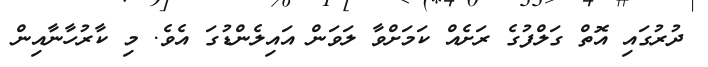
ދުރުގައި އޮތް ގަލްފުގެ ރަށެއް ކަމަށްވާ ލަވަން އައިލެންޑުގަ އެވެ. މި ކާރުހާނާއިން